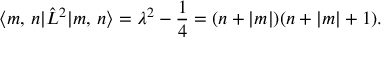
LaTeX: \langle m , \, n | \hat { L } ^ { 2 } | m , \, n \rangle = \lambda ^ { 2 } - \frac 1 4 = ( n + | m | ) ( n + | m | + 1 ) .